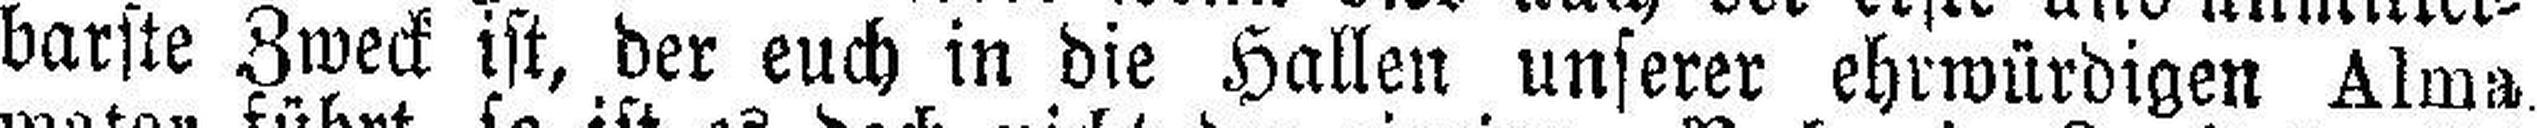
barste Zweck ist, der euch in die Hallen unserer ehrwürdigen Alma